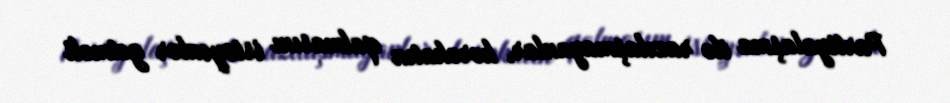
Partiyalaşma ilə razılaşmayanlar, hərəkatın qalmasını istəyənlər getməli